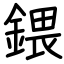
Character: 鍡